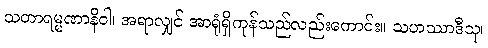
သတာရမ္မဏာနိဝါ၊ အရာလျှင် အာရုံရှိကုန်သည်လည်းကောင်း။ သဟဿာဒီသု၊